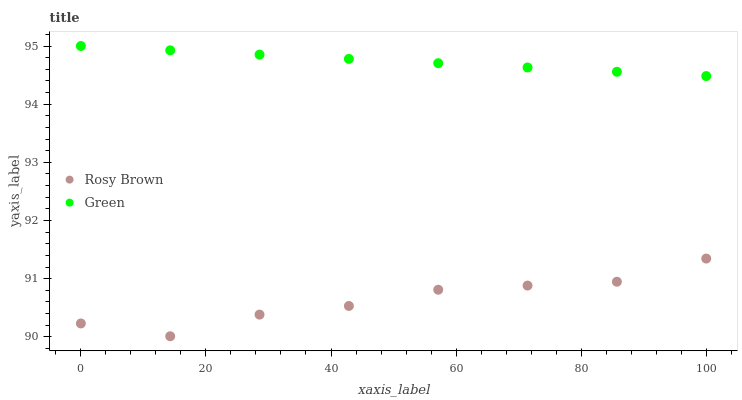
| xaxis_label | Rosy Brown | Green |
 | --- | --- | --- |
 | 0 | 90.2 | 95 |
 | 14.3 | 90 | 94.9 |
 | 28.6 | 90.4 | 94.9 |
 | 42.9 | 90.5 | 94.8 |
 | 57.1 | 90.8 | 94.7 |
 | 71.4 | 90.9 | 94.6 |
 | 85.7 | 90.9 | 94.6 |
 | 100 | 91.3 | 94.5 |